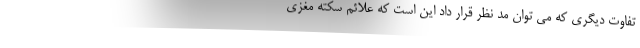
تفاوت دیگری که می توان مد نظر قرار داد این است که علائم سکته مغزی